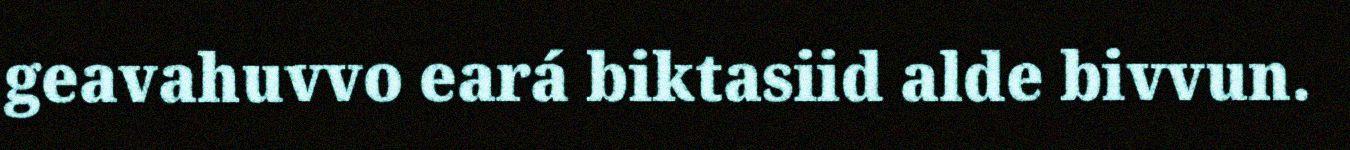
geavahuvvo eará biktasiid alde bivvun.